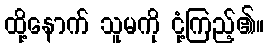
ထို့နောက် သူမကို ငုံ့ကြည့်၏။